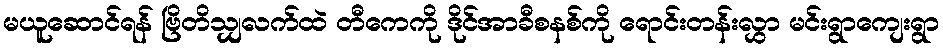
မယူဆောင်ရန် ဗြိတိသျှလက်ထဲ တီကေကို ဒိုင်အာခီစနစ်ကို ရောင်းတန်းလွှာ မင်းရွာကျေးရွာ